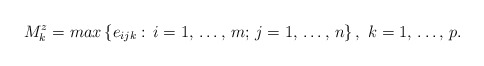
\begin{align*}M_{k}^{z}=max\left\{ e_{ijk}:\thinspace i=1,\thinspace \mathellipsis ,\thinspace m;\thinspace j=1,\thinspace \mathellipsis ,\thinspace n \right\},\thinspace \thinspace k=1,\thinspace \mathellipsis ,\thinspace p.\end{align*}